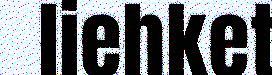
liehket